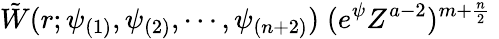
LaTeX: \tilde{W}(r;\psi_{(1)},\psi_{(2)},\cdots,\psi_{(n+2)})\; (e^{\psi}Z^{a-2})^{m+\frac{n}{2}}\;